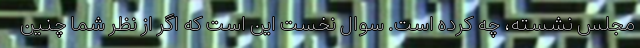
مجلس نشسته، چه کرده است. سوال نخست این است که اگر از نظر شما چنین